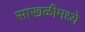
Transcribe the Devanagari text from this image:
साखळीमध्ये